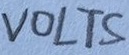
Text: VOLTS